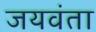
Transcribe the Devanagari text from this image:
जयवंता